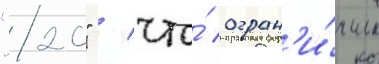
"20" / что́ огран'и́чило